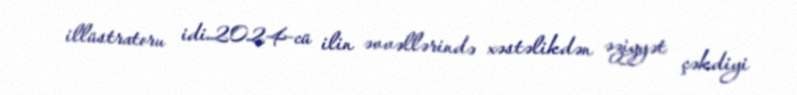
illüstratoru idi.2024-cü ilin əvvəllərində xəstəlikdən əziyyət çəkdiyi